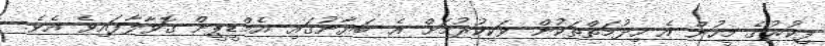
ފިކުރުގެ މީހުން އެ ހިދުމަތްތަކުން ވަކިކުރުމަށް އެ ބަޔާނުގައި އެމްޑީޕީން ގޮވާލާފައިވެ އެވެ.